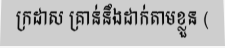
ក្រដាស គ្រាន់នឹងដាក់តាមខ្លួន (